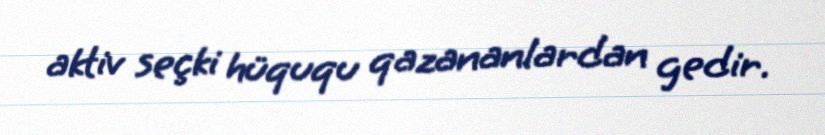
aktiv seçki hüququ qazananlardan gedir.